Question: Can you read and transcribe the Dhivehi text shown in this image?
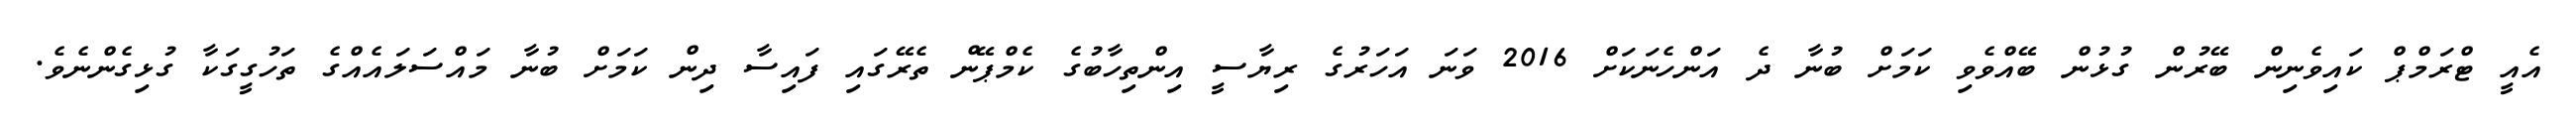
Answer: އެއީ ޓްރަމްޕް ކައިވެނިން ބޭރުން ގުޅުން ބޭއްވެވި ކަމަށް ބުނާ ދެ އަންހެނަކަށް 2016 ވަނަ އަހަރުގެ ރިޔާސީ އިންތިހާބުގެ ކެމްޕޭން ތެރޭގައި ފައިސާ ދިން ކަމަށް ބުނާ މައްސަލައެއްގެ ތަހުގީގަކާ ގުޅިގެންނެވެ.